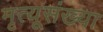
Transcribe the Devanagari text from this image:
मृत्यूसंख्या